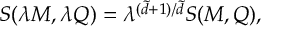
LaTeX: S ( \lambda M , \lambda Q ) = \lambda ^ { ( \tilde { d } + 1 ) / \tilde { d } } S ( M , Q ) ,